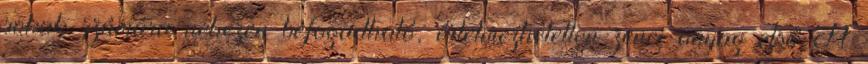
sokak számára nehezen befogadható, értelmezhetetlen zenei anyag első A